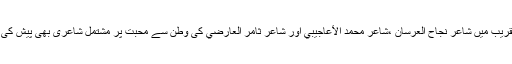
اس تقریب میں شاعر نجاح العرسان ،شاعر محمد الأعاجيبي اور شاعر ثامر العارضي کی وطن سے محبت پر مشتمل شاعری بھی پیش کی گئی۔